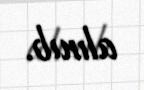
alınıb.